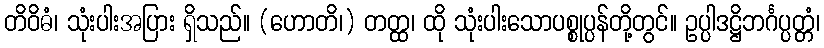
တိဝိဓံ၊ သုံးပါးအပြား ရှိသည်။ (ဟောတိ၊) တတ္ထ၊ ထို သုံးပါးသောပစ္စုပ္ပန်တို့တွင်။ ဥပ္ပါဒဋ္ဌိဘင်္ဂပ္ပတ္တံ၊